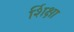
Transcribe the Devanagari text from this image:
र्शिक्षा